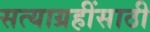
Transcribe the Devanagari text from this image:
सत्याग्रहींसाठी